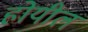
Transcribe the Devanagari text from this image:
होयील